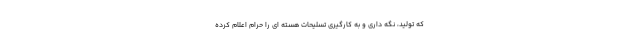
که تولید، نگه داری و به کارگیری تسلیحات هسته ای را حرام اعلام کرده